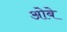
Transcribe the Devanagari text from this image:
ओबे